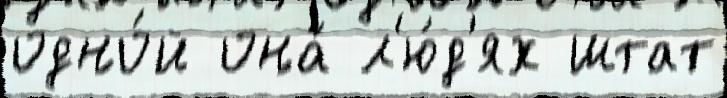
одно́й она́ л'ю́д'ях штат